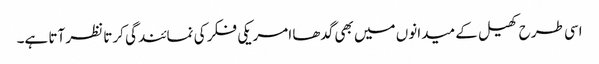
اسی طرح کھیل کے میدانوں میں بھی گدھا امریکی فکر کی نمائندگی کرتا نظر آتا ہے۔